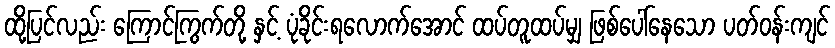
ထို့ပြင်လည်း ကြောင်ကြွက်တို့ နှင့် ပုံခိုင်းရလောက်အောင် ထပ်တူထပ်မျှ ဖြစ်ပေါ်နေသော ပတ်ဝန်းကျင်